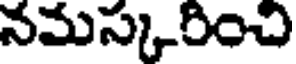
నమస్కరించి